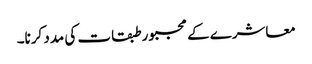
معاشرے کے مجبور طبقات کی مدد کرنا۔